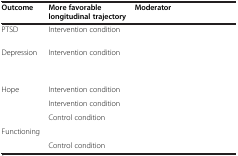
<table><thead><tr><td><b>Outcome</b></td><td><b>More favorable longitudinal trajectory</b></td><td><b>Moderator</b></td></tr></thead><tbody><tr><td>PTSD</td><td>Intervention condition</td><td>[EMPTY_CELL]</td></tr><tr><td>Depression</td><td>Intervention condition</td><td>[EMPTY_CELL]</td></tr><tr><td>[EMPTY_CELL]</td><td>[EMPTY_CELL]</td><td>[EMPTY_CELL]</td></tr><tr><td>Hope</td><td>Intervention condition</td><td>[EMPTY_CELL]</td></tr><tr><td>[EMPTY_CELL]</td><td>Intervention condition</td><td>[EMPTY_CELL]</td></tr><tr><td>[EMPTY_CELL]</td><td>Control condition</td><td>[EMPTY_CELL]</td></tr><tr><td>Functioning</td><td>[EMPTY_CELL]</td><td>[EMPTY_CELL]</td></tr><tr><td>[EMPTY_CELL]</td><td>Control condition</td><td>[EMPTY_CELL]</td></tr></tbody></table>